画像に写った文字を読んでください
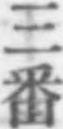
「三番」と書いてあります